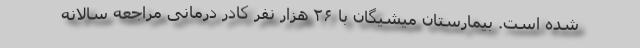
شده است. بیمارستان میشیگان با ۲۶ هزار نفر کادر درمانی مراجعه سالانه